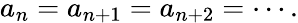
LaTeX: a_{n}=a_{n+1}=a_{n+2}=\cdots.